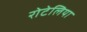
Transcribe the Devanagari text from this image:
रोटेलिया